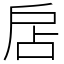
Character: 扂